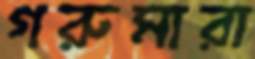
গরুমারা